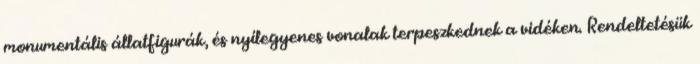
monumentális állatfigurák, és nyílegyenes vonalak terpeszkednek a vidéken. Rendeltetésük